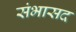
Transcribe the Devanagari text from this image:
संभासद